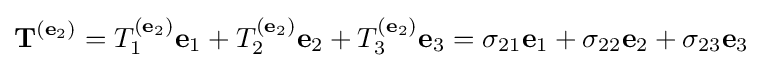
\mathbf {T} ^{(\mathbf {e} _{2})}=T_{1}^{(\mathbf {e} _{2})}\mathbf {e} _{1}+T_{2}^{(\mathbf {e} _{2})}\mathbf {e} _{2}+T_{3}^{(\mathbf {e} _{2})}\mathbf {e} _{3}=\sigma _{21}\mathbf {e} _{1}+\sigma _{22}\mathbf {e} _{2}+\sigma _{23}\mathbf {e} _{3}